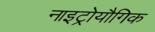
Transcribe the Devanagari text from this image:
नाइट्रोयौगिक